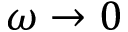
\omega \to 0